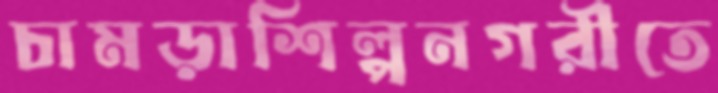
চামড়াশিল্পনগরীতে